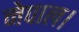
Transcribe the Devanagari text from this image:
नेपाल।